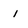
Character: i